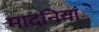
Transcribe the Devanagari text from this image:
मादनियांे